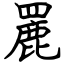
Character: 䍡